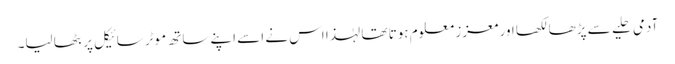
آدمی حلیے سے پڑھا لکھا اور معزز معلوم ہوتا تھا لہٰذا اس نے اسے اپنے ساتھ موٹر سائیکل پر بٹھا لیا۔